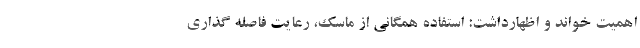
اهمیت خواند و اظهارداشت: استفاده همگانی از ماسک، رعایت فاصله گذاری